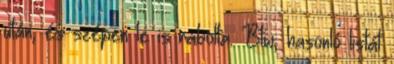
után, és szépen le is rabolta. Btw, hasonló listát